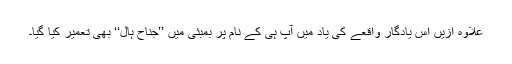
علاوہ ازیں اس یادگار واقعے کی یاد میں آپ ہی کے نام پر بمبئی میں ’’جناح ہال‘‘ بھی تعمیر کیا گیا۔